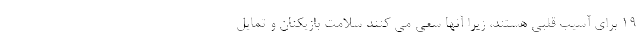
۱۹ برای آسیب قلبی هستند، زیرا آنها سعی می کنند سلامت بازیکنان و تمایل